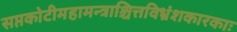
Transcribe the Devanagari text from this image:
सप्तकोटीमहामन्त्राश्चित्तविभ्रंशकारकाः